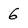
Character: 6